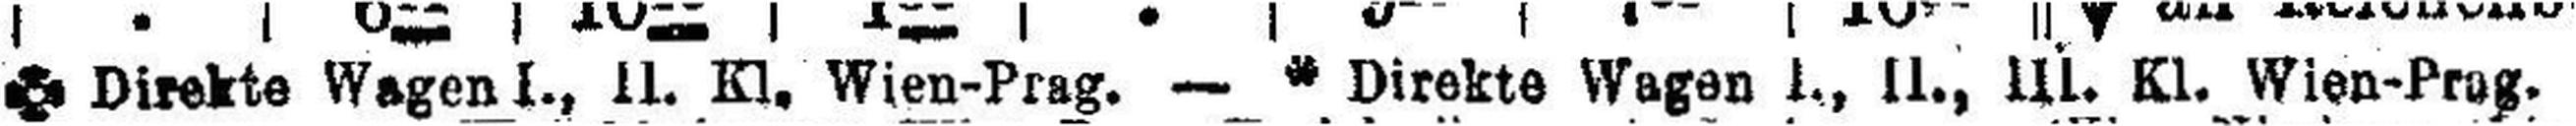
### Direkte Wagen I., Kl. Wien-Prag.  —* Direkte Wage I., II., III. Kl. Wien-Prag.